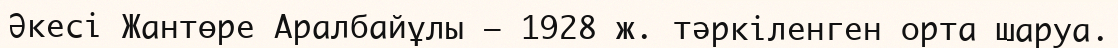
Әкесі Жантөре Аралбайұлы — 1928 ж. тәркіленген орта шаруа.